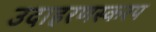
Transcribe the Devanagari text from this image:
उदाहरणस्करप